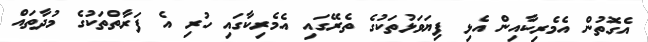
އެގޮތުން އެމެރިކާއިން އެޅި ފިޔަވަޅުތަކުގެ ތެރޭގައި އެމެރިކާގައި ހުރި އެ ފަރާތްތަކުގެ މުދާތައް